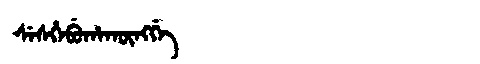
Manchu: ᠰᡝᠰᡥᡝᠪᡠᡥᠠᡴᡡᠩᡤᡝ
Romanization: SESHEBUHAKŪNGGE